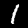
Label: 1